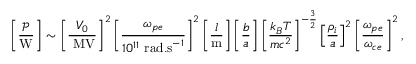
\left[ \frac { \mathcal { P } } { \mathrm { W } } \right] \sim \left[ \frac { V _ { 0 } } { ~ \mathrm { M V } } \right] ^ { 2 } \left[ \frac { \omega _ { { p e } } } { 1 0 ^ { 1 1 } ~ \mathrm { r a d . s } ^ { - 1 } } \right] ^ { 2 } \left[ \frac { l } { \mathrm { m } } \right] \left[ \frac { b } { a } \right] \left[ \frac { k _ { B } T } { m c ^ { 2 } } \right] ^ { - \frac { 3 } { 2 } } \left[ \frac { \rho _ { i } } { a } \right] ^ { 2 } \left[ \frac { \omega _ { p e } } { \omega _ { c e } } \right] ^ { 2 } ,